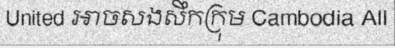
United អាចសងសឹកក្រុម Cambodia All